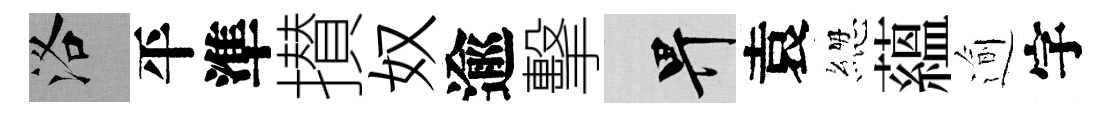
洛平準攅奴逾擊畀袁緫蘊逾字